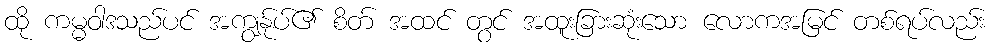
ထို ကမ္မဝါဒသည်ပင် အကျွန်ုပ်၏ စိတ် အထင် တွင် အထူးခြားဆုံးသော လောကအမြင် တစ်ရပ်လည်း